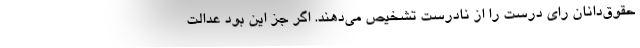
حقوق‌دانان رای درست را از نادرست تشخیص می‌دهند. اگر جز این بود عدالت